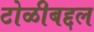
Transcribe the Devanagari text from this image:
टोळीबद्दल